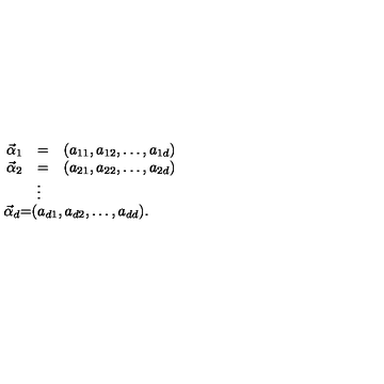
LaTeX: \begin{array} { r c l } { \vec { \alpha } _ { 1 } } & { = } & { ( a _ { 1 1 } , a _ { 1 2 } , \ldots , a _ { 1 d } ) } \\ { \vec { \alpha } _ { 2 } } & { = } & { ( a _ { 2 1 } , a _ { 2 2 } , \ldots , a _ { 2 d } ) } \\ { \multicolumn { 3 } { c } { \vdots } } \\ { \vec { \alpha } _ { d } } & { = } & { ( a _ { d 1 } , a _ { d 2 } , \ldots , a _ { d d } ) . } \\ \end{array}